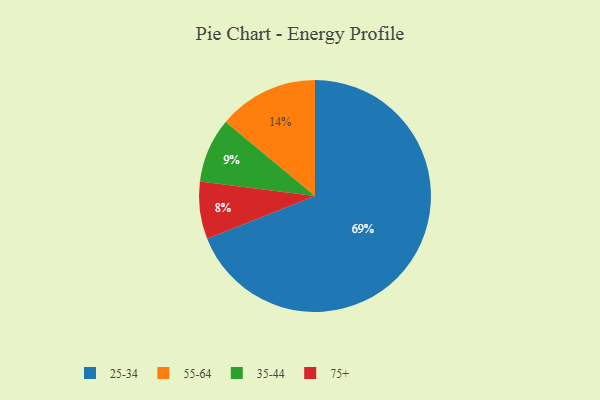
{"axis": {"x": "Category", "y": "Percentage"}, "legend": ["25-34", "35-44", "55-64", "75+"], "data": [{"x": "75+", "y": 8, "type": "75+"}, {"x": "35-44", "y": 9, "type": "35-44"}, {"x": "55-64", "y": 14, "type": "55-64"}, {"x": "25-34", "y": 69, "type": "25-34"}]}